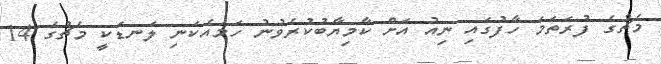
މެޗުގެ ފުރަތަމަ ހާފުގައި ނިއު އަށް ކާމިޔާބުކުރެވުނު ހަމައެކަނި ލަނޑަކީ މެޗުގެ 14